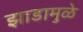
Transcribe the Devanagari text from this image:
झाडामुळे